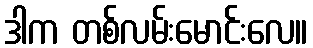
ဒါက တစ်လမ်းမောင်းလေ။